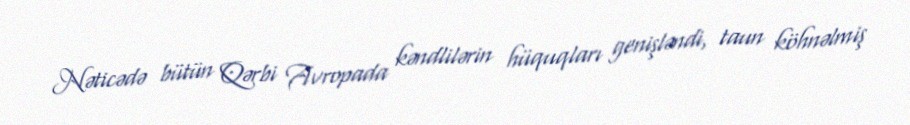
Nəticədə bütün Qərbi Avropada kəndlilərin hüquqları genişləndi, taun köhnəlmiş